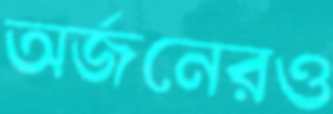
অর্জনেরও